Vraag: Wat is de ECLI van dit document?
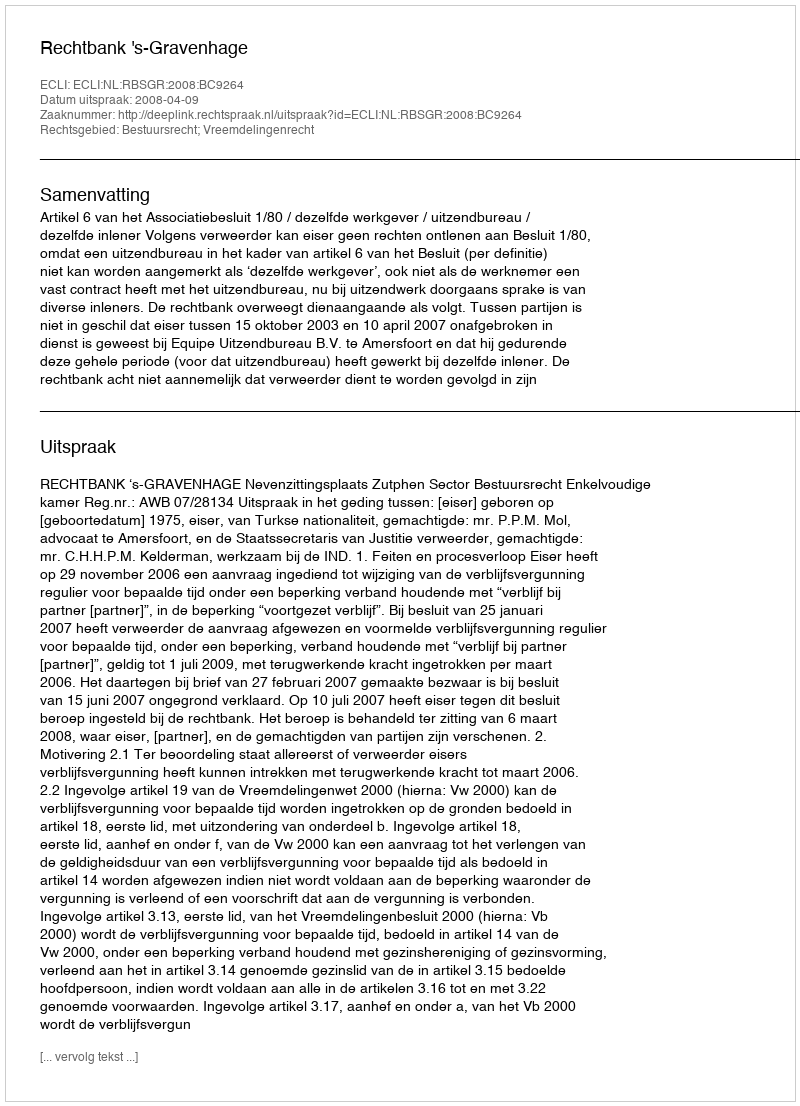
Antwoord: ECLI:NL:RBSGR:2008:BC9264